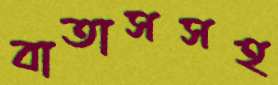
বাতাসসহ